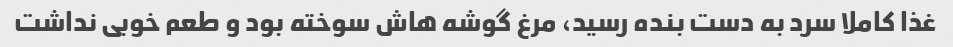
غذا کاملا سرد به دست بنده رسید، مرغ گوشه هاش سوخته بود و طعم خوبی نداشت